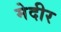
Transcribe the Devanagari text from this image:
मेदीर